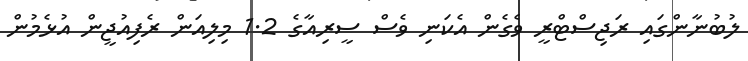
ލުބުނާންގައި ރަޖިސްޓްރީ ވެގެން އެކަނި ވެސް ސީރިއާގެ 1.2 މިލިއަން ރެފިއުޖީން އުޅެމުން